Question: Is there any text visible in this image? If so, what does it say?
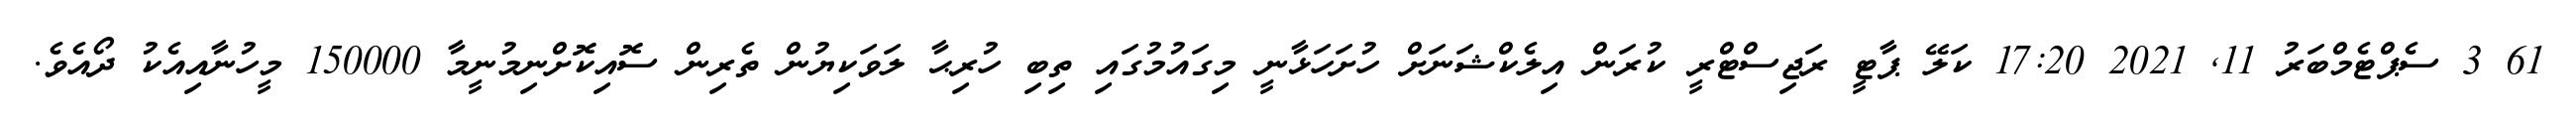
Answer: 61 3 ސެޕްޓެމްބަރު 11, 2021 17:20 ކަލޭ ޕާޓީ ރަޖިސްޓްރީ ކުރަން އިލެކްޝަނަށް ހުށަހަޅާނީ މިގައުމުގައި ތިބި ހުރިޙާ ލަވަކިޔުން ތެރިން ސޮއިކޮށްނިމުނީމާ 150000 މީހުނާއިއެކު ދޯއެވެ.